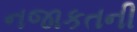
નજાકતની